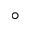
^ \circ